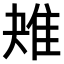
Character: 𨾕